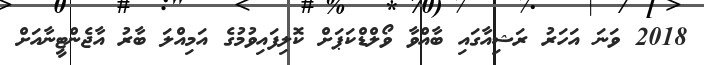
2018 ވަނަ އަހަރު ރަޝިއާގައި ބާއްވާ ވޯލްޑްކަޕަށް ކޮލިފައިވުމުގެ އަމިއްލަ ބާރު އާޖެންޓީނާއަށް